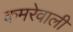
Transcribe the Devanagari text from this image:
कमरेवाली